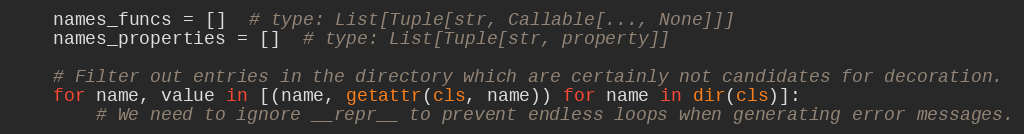
Language: Python
    names_funcs = []  # type: List[Tuple[str, Callable[..., None]]]
    names_properties = []  # type: List[Tuple[str, property]]

    # Filter out entries in the directory which are certainly not candidates for decoration.
    for name, value in [(name, getattr(cls, name)) for name in dir(cls)]:
        # We need to ignore __repr__ to prevent endless loops when generating error messages.